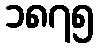
၁၈၇၅